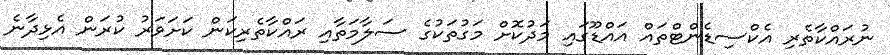
ނުރައްކާތެރި އެކްސިޑެންޓްތައް އައްޑޫގައި މަދުކޮށް މަގުތަކުގެ ސަލާމަތާއި ރައްކާތެރިކަން ކަށަވަރު ކުރަން އެޅިދާނެ